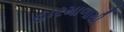
હારમાળાથી